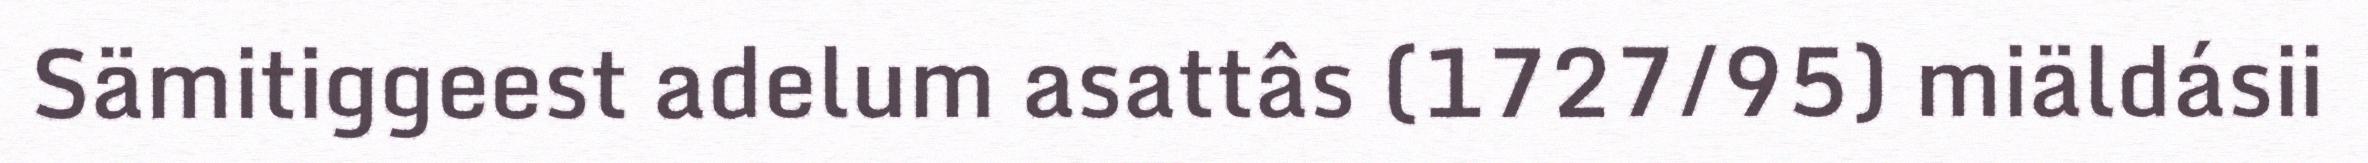
Sämitiggeest adelum asattâs (1727/95) miäldásii